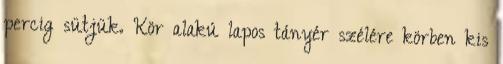
percig sütjük. Kör alakú lapos tányér szélére körben kis